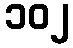
၁၀၂